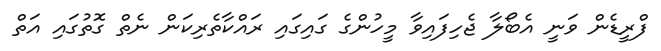
ފްރީޑެން ވަނީ އެބޯލާ ޖެހިފައިިވާ މީހުންގެ ގައިގައި ރައްކާތެރިކަން ނެތް ގޮތުގައި އަތް